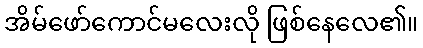
အိမ်ဖော်ကောင်မလေးလို ဖြစ်နေလေ၏။